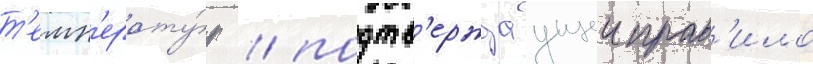
т'емп'ерату́р / подтв'ерждаущеи прав'ило